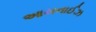
આયનાઈઝ